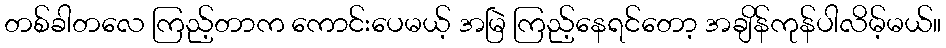
တစ်ခါတလေ ကြည့်တာက ကောင်းပေမယ့် အမြဲ ကြည့်နေရင်တော့ အချိန်ကုန်ပါလိမ့်မယ်။